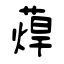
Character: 蔊